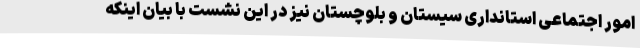
امور اجتماعی استانداری سیستان و بلوچستان نیز در این نشست با بیان اینکه